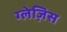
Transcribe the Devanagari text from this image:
ग्लेज़िस